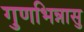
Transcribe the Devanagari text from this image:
गुणभिन्नासु